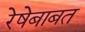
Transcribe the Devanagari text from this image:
रेषेबाबत